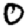
Digit: 0